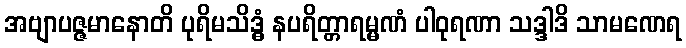
အဗျာပဇ္ဇမာနောတိ ပုရိမသိဒ္ဓံ နပရိတ္တာရမ္မဏံ ပါဝုရဏာ သဒ္ဒါဒိ သာမဏေရ